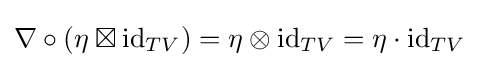
\nabla \circ (\eta \boxtimes \mathrm {id} _{TV})=\eta \otimes \mathrm {id} _{TV}=\eta \cdot \mathrm {id} _{TV}